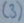
Text: (3)